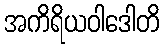
အကိရိယဝါဒေါတိ